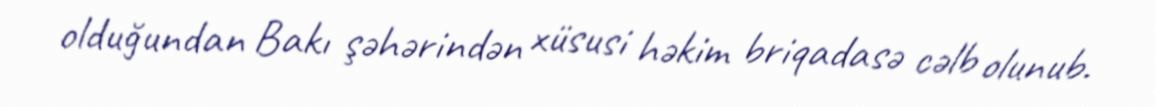
olduğundan Bakı şəhərindən xüsusi həkim briqadasə cəlb olunub.